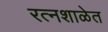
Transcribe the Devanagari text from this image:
रत्नशाळेत